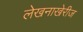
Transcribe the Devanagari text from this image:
लेखनाखेरीज